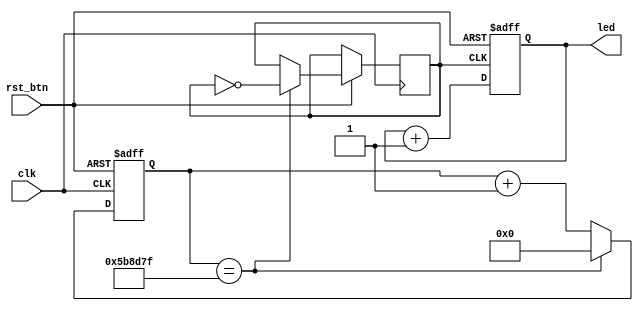
// Clock-divided counter
//
// Inputs:  
//      clk         - 12 MHz clock
//      rst_btn     - pushbutton (RESET)
//      
// Outputs:
//      led[3:0]    - LEDs (count from 0x0 to 0xf)
//
// LEDs will display a binary number that increments by one each second.
//
// License: 0BSD

// Count up each second
module clock_counter (

    // Inputs
    input               clk,
    input               rst_btn,
    
    // Outputs
    output  reg [3:0]   led
);

    wire rst;
    reg div_clk;
    reg [31:0] count;
    localparam [31:0] max_count = 6000000 - 1;

    // Reset is the inverse of the reset button
    assign rst = ~rst_btn;

    // Count up on (divided) clock rising edge or reset on button push
    always @ (posedge div_clk or posedge rst) begin
        if (rst == 1'b1) begin
            led <= 4'b0;
        end else begin
            led <= led + 1'b1;
        end
    end
    
    // Clock divider
    always @ (posedge clk or posedge rst) begin
        if (rst == 1'b1) begin
            count <= 32'b0;
        end else if (count == max_count) begin
            count <= 32'b0;
            div_clk <= ~div_clk;
        end else begin
            count <= count + 1;
        end
    end
    
endmodule